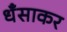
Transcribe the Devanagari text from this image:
धँसाकर